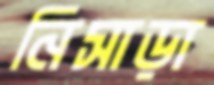
নিসাড়া